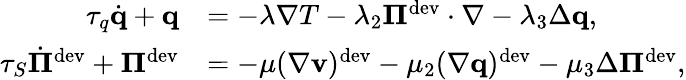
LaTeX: \begin{array}{rl}{\tau_{q}\dot{\mathbf q}+\mathbf q}&{=-\lambda\nabla T-\lambda_{2}\boldsymbol\Pi^{\textrm{dev}}\cdot\nabla-\lambda_{3}\Delta\mathbf q,}\\ {\tau_{S}\dot{\boldsymbol\Pi}^{\textrm{dev}}+\boldsymbol\Pi^{\textrm{dev}}}&{=-\mu(\nabla\mathbf v)^{\textrm{dev}}-\mu_{2}(\nabla\mathbf q)^{\textrm{dev}}-\mu_{3}\Delta\boldsymbol\Pi^{\textrm{dev}},}\end{array}